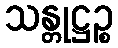
သန္တုဋ္ဌဉ္စ